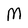
Character: M